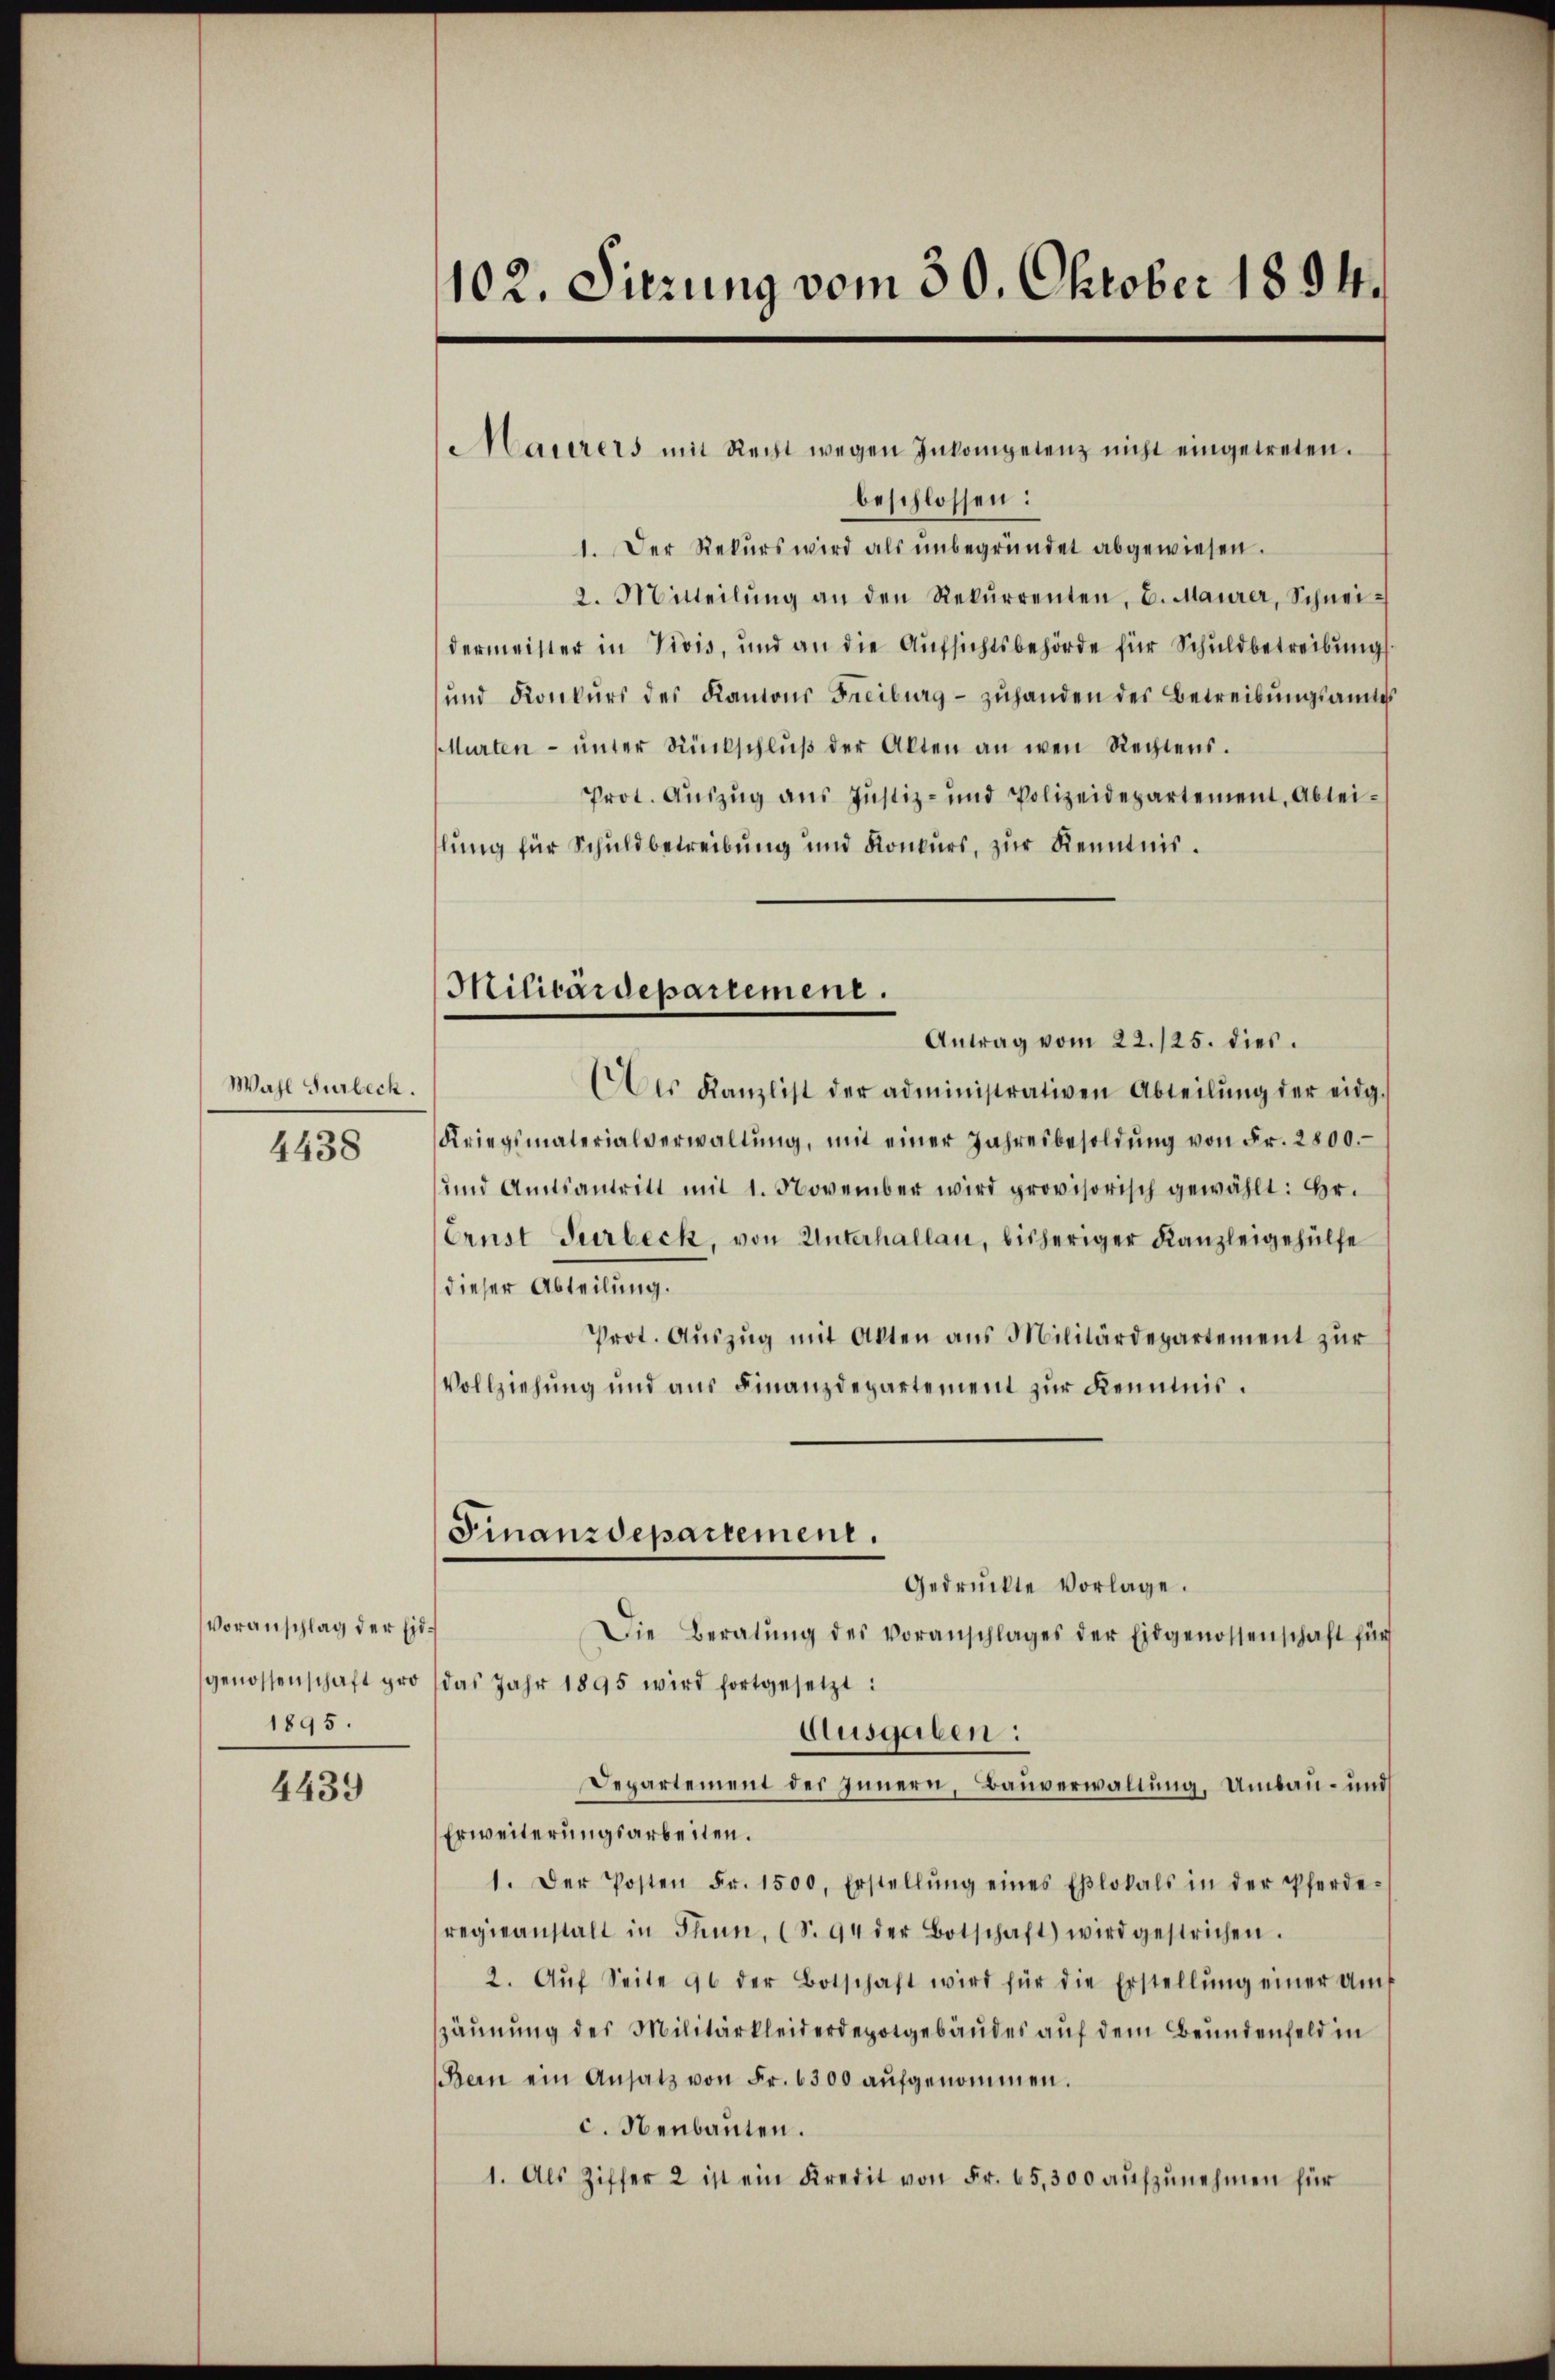
Wahl Turbeck.

4438

Voranschlag der Eid¬
1895.

4439

102. Sitzung vom 30. Oktober 1894.

Maierers mit Recht wegen Inkompetenz nicht eingetreten.
beschlossen:
1. Der Rekŭrs wird als ŭnbegründet abgewiesen.
2. Mitteilŭng an den Rekŭrrenten, d. Maurer, Schnei-
dermeister in Vivis, und an die Aufsichtsbehörde für Schuldbetreibung
und Konkŭrs des Kantons Freiburg- zŭhanden des Betreibungsamtes
Murten ŭnter Rückschlŭβ der Alten an wen Rechtens.
Prot. Auszug aus Justiz- und Polizeidepartement, Abtei-
lung für Schuldbetreibung und Konkurs, zur Kenntnis.
Antrag vom 22./25. dies
des Kanzlist der administrativen Abteilŭng der eidg.
Kriegsmaterialverwaltŭng, mit einer Jahresbesoldŭng von Fr. 2800.
und Amtsantritt mit 1. November wird provisorisch gewählt: Hr.
Ernst Turbeck, von Unterhallau, bisheriger Kanzleigehülfe
dieser Abteilung.
Prot. Aŭszŭg mit Akten ans Militärdepartement zŭr
Vollziehung und aus Finanzdepartement zur Kenntnis.
Finanzdepartement.
Gedrückte Vorlage.
Die Beratŭng des Voranschlages der Eidgenossenschaft für
genossenschaft pro das Jahr 1895 wird fortgesetzt:
Ausgaben:
Departement des Innern, Bauverwaltung, Umbau- und
Erweiterungsarbeiten.
1. Der Posten Fr. 1500. Erstellŭng eines Eβlokals in der Pferde-
regieanstalt in Thun, (S. 94 der Botschaft) wird gestrichen.
2. Aŭf Seite 96 der Botschaft wird für die Erstellŭng einer Amt
äunung des Militärkleiderdepotgebäŭdes auf dem Bundenfeld in
Bern ein Ansatz von Fr. 6300 aufgenommen.
c. Neubauten.
1. Als Ziffer 2 ist ein Kredit von Fr. 65,300 aŭfzŭnehmen für

Militärdepartement.